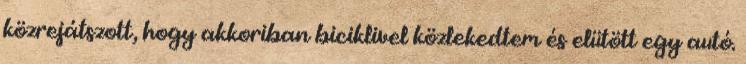
közrejátszott, hogy akkoriban biciklivel közlekedtem és elütött egy autó.